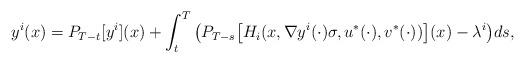
LaTeX: \begin{align*}y^i(x) = P_{T-t} [y^i](x) + \int_t^T \big( P_{T-s}\big[H_i(x,\nabla y^i(\cdot) \sigma,u^*(\cdot),v^*(\cdot))\big] (x) - \lambda^i \big)ds, \end{align*}